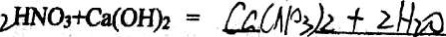
2 H N O _ { 3 } + C a ( O H ) _ { 2 } = C a ( N O _ { 3 } ) _ { 2 } + 2 H _ { 2 } O